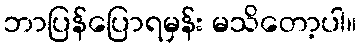
ဘာပြန်ပြောရမှန်း မသိတော့ပါ။